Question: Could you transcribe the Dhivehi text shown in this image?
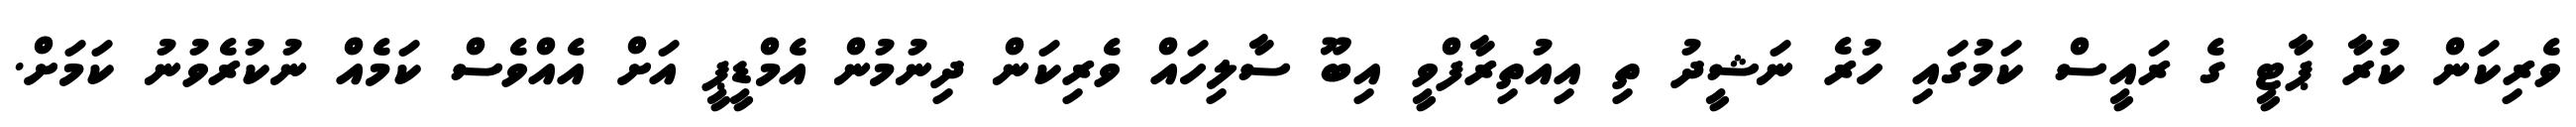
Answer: ވެރިކަން ކުރާ ޕާޓީ ގެ ރައީސް ކަމުގައި ހުރެ ނަޝީދު ތި އިއުތިރާފްވީ އިބޫ ސާލިހައް ވެރިކަން ދިނުމުން އެމްޑީޕީ އަށް އެއްވެސް ކަމެއް ނުކުރެވުނު ކަމަށް.